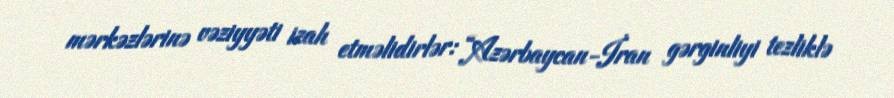
mərkəzlərinə vəziyyəti izah etməlidirlər: “Azərbaycan-İran gərginliyi tezliklə